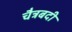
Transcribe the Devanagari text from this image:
चैत्रबदी